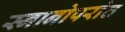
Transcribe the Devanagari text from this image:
स्नानोपरांत